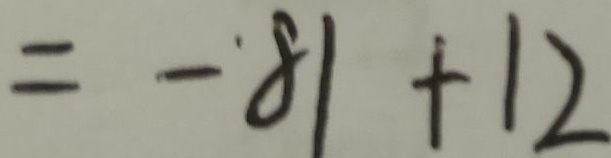
= - 8 1 + 1 2